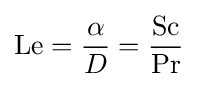
\mathrm {Le} ={\frac {\alpha }{D}}={\frac {\mathrm {Sc} }{\mathrm {Pr} }}